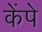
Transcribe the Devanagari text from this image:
केंपे